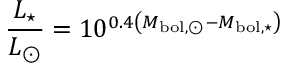
{ \frac { L _ { \star } } { L _ { \odot } } } = 1 0 ^ { 0 . 4 \left( M _ { \mathrm { b o l , \odot } } - M _ { \mathrm { b o l , \star } } \right) }